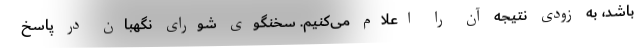
باشد، به زودی نتیجه آن را اعلام می‌کنیم. سخنگوی شورای نگهبان در پاسخ